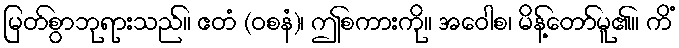
မြတ်စွာဘုရားသည်။ ဧတံ (ဝစနံ)၊ ဤစကားကို။ အဝေါစ၊ မိန့်တော်မူ၏။ ကိံ